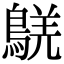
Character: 𪁸